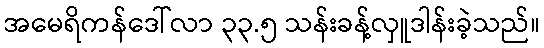
အမေရိကန်ဒေါ်လာ ၃၃.၅ သန်းခန့်လှူဒါန်းခဲ့သည်။